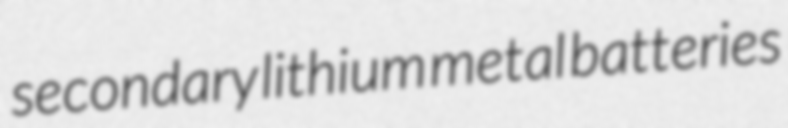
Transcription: secondary lithium metal batteries